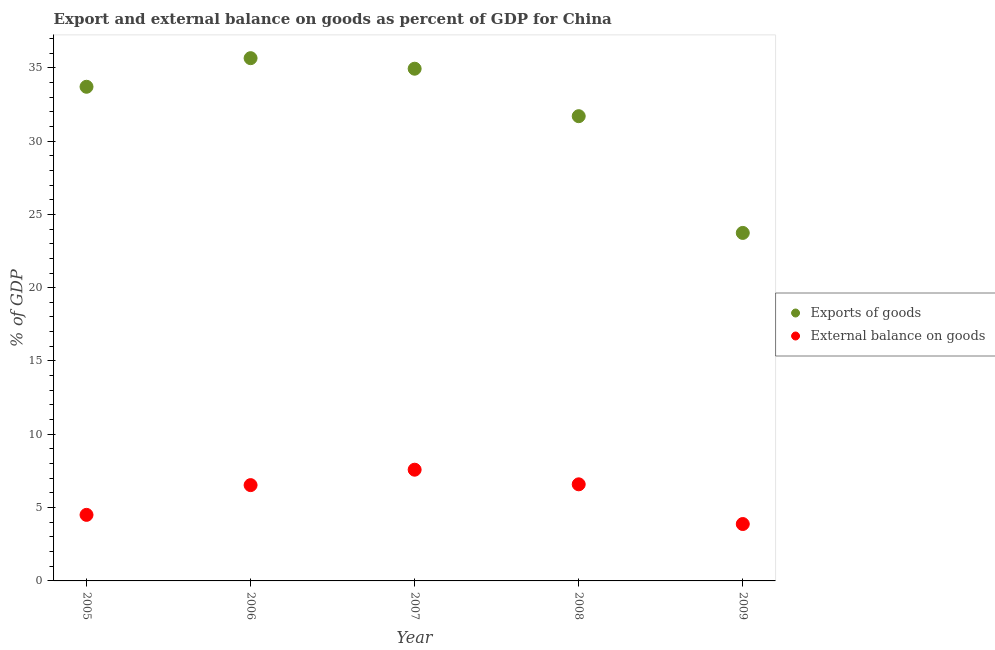
| Year | Exports of goods | External balance on goods |
 | --- | --- | --- |
 | 2005 | 33.7 | 4.5 |
 | 2006 | 35.7 | 6.53 |
 | 2007 | 34.9 | 7.59 |
 | 2008 | 31.7 | 6.59 |
 | 2009 | 23.7 | 3.88 |